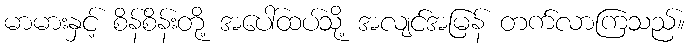
မာမားနှင့် စိန်စိန်းတို့ အပေါ်ထပ်သို့ အလျင်အမြန် တက်လာကြသည်။